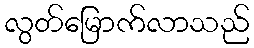
လွတ်မြောက်လာသည်